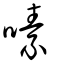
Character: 嗉